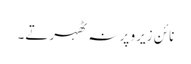
نائن زیرو پر نہ ٹھہرتے۔